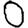
Digit: 0